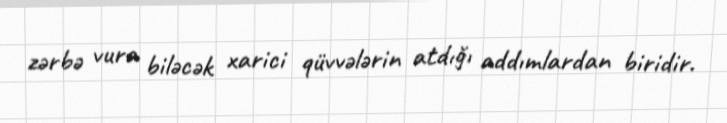
zərbə vura biləcək xarici qüvvələrin atdığı addımlardan biridir.